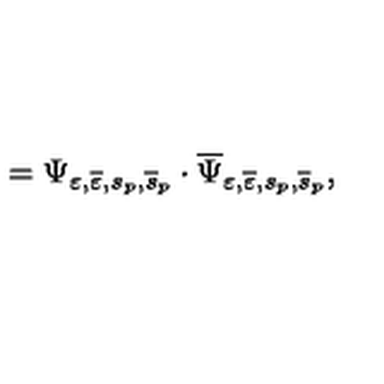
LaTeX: = \Psi _ { \varepsilon , \overline { { \varepsilon } } , s _ { p } , \overline { { s } } _ { p } } \cdot \overline { { \Psi } } _ { \varepsilon , \overline { { \varepsilon } } , s _ { p } , \overline { { s } } _ { p } } ,